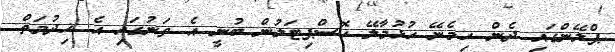
ޕްލޭންގައި ދެން ހިމެނޭ ހުޅުމާލޭ ހޮސްޕިޓަލުން ބުނީ އެ ތަނުގައި އެ ޚިދުމަތް